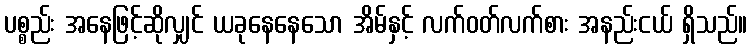
ပစ္စည်း အနေဖြင့်ဆိုလျှင် ယခုနေနေသော အိမ်နှင့် လက်ဝတ်လက်စား အနည်းငယ် ရှိသည်။